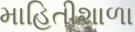
માહિતીશાળા